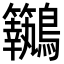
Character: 𪈢